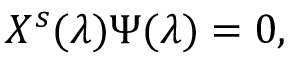
{ \cal X } ^ { s } ( \lambda ) \Psi ( \lambda ) = 0 ,